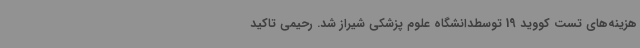
هزینه‌های تست کووید 19 توسطدانشگاه علوم پزشکی شیراز شد. رحیمی تاکید